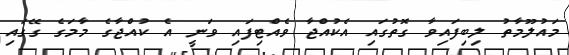
މައުލޫމާތު ލިބިފައިވާ ގޮތުގައި އެކުއްޖާ ވެއްޓިފައި ވަނީ އެ ކުއްޖާގެ މާމަގެ ގޭގައި